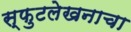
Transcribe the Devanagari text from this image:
स्फुटलेखनाचा